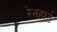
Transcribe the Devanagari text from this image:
रेनहार्ट